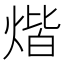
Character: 煯